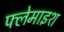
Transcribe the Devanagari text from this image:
फ्लेमाइश